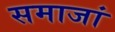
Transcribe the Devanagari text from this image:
समाजां